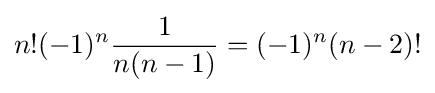
n!(-1)^{n}{\frac {1}{n(n-1)}}=(-1)^{n}(n-2)!